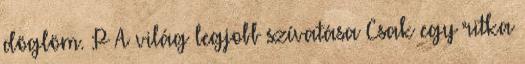
döglöm. :P A világ legjobb szívatása Csak egy ritka